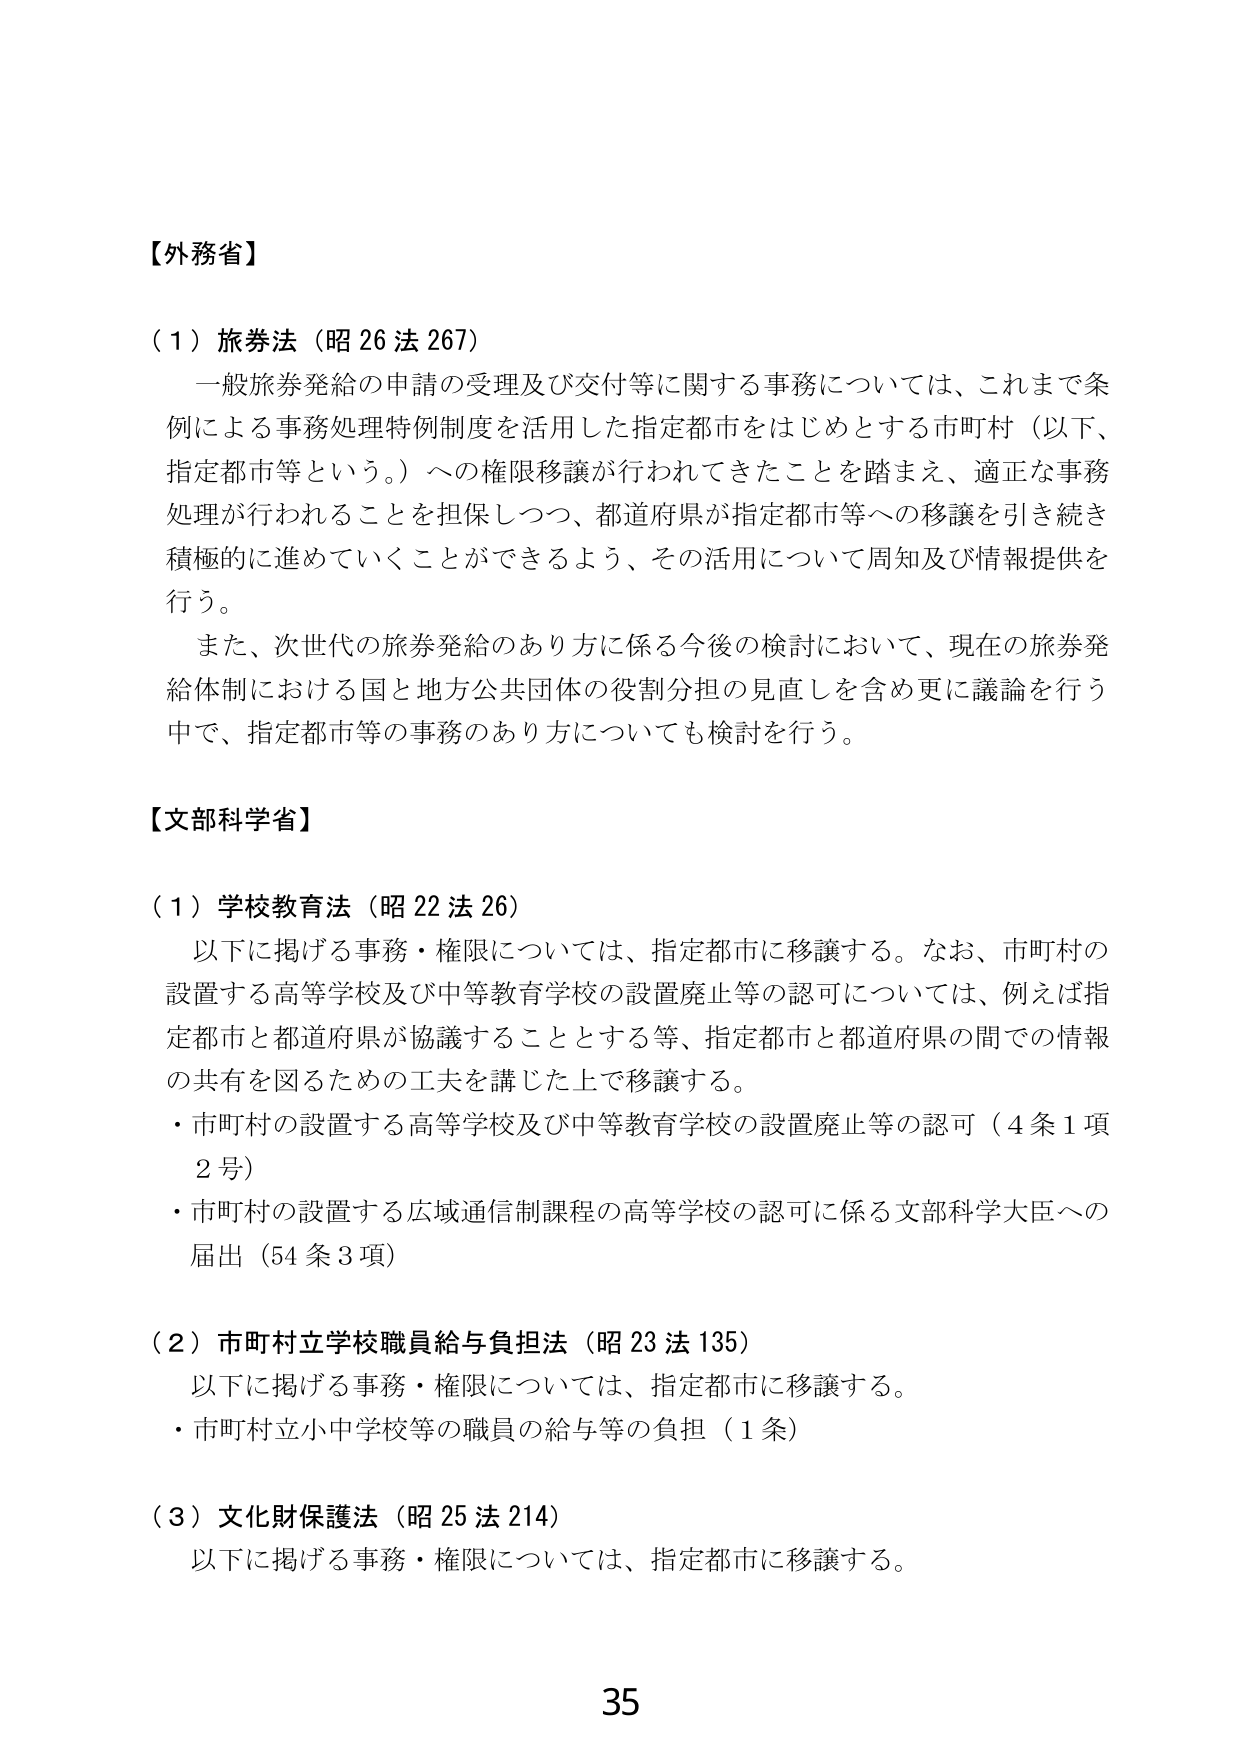
【外務省】

（１）旅券法（昭26法267）
一般旅券発給の申請の受理及び交付等に関する事務については、これまで条例による事務処理特例制度を活用した指定都市をはじめとする市町村（以下、指定都市等という。）への権限移譲が行われてきたことを踏まえ、適正な事務処理が行われることを担保しつつ、都道府県が指定都市等への移譲を引き続き積極的に進めていくことができるよう、その活用について周知及び情報提供を行う。
また、次世代の旅券発給のあり方に係る今後の検討において、現在の旅券発給体制における国と地方公共団体の役割分担の見直しを含め更に議論を行う中で、指定都市等の事務のあり方についても検討を行う。

【文部科学省】

（１）学校教育法（昭22法26）
以下に掲げる事務・権限については、指定都市に移譲する。なお、市町村の設置する高等学校及び中等教育学校の設置廃止等の認可については、例えば指定都市と都道府県が協議することとする等、指定都市と都道府県の間での情報の共有を図るための工夫を講じた上で移譲する。
・市町村の設置する高等学校及び中等教育学校の設置廃止等の認可（4条1項2号）
・市町村の設置する広域通信制課程の高等学校の認可に係る文部科学大臣への届出（54条3項）

（２）市町村立学校職員給与負担法（昭23法135）
以下に掲げる事務・権限については、指定都市に移譲する。
・市町村立小中学校等の職員の給与等の負担（1条）

（３）文化財保護法（昭25法214）
以下に掲げる事務・権限については、指定都市に移譲する。

35